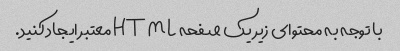
با توجه به محتوای زیر یک صفحه HTML معتبر ایجاد کنید.